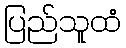
ပြည်သူထံ